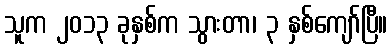
သူက ၂၀၁၃ ခုနှစ်က သွားတာ၊ ၃ နှစ်ကျော်ပြီ။